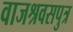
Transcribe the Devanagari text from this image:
वाजश्रवसपुत्र